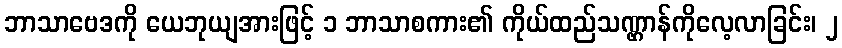
ဘာသာဗေဒကို ယေဘုယျအားဖြင့် ၁ ဘာသာစကား၏ ကိုယ်ထည်သဏ္ဌာန်ကိုလေ့လာခြင်း၊ ၂